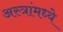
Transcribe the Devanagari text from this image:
अस्त्रांमध्ये